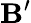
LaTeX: \mathbf{B^{\prime}}